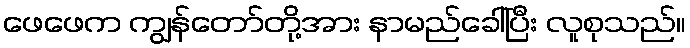
ဖေဖေက ကျွန်တော်တို့အား နာမည်ခေါ်ပြီး လူစုသည်။